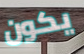
يكون